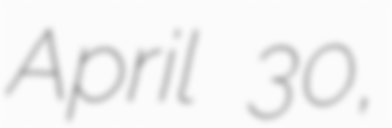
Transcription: April 30,